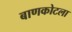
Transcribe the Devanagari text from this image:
बाणकोटला